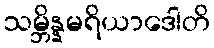
သမ္ဘိန္နမရိယာဒေါတိ